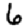
Digit: 6